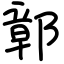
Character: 鄣